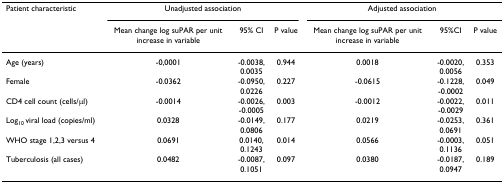
| Patient characteristic | <COLSPAN=3> Unadjusted association | <COLSPAN=3> Adjusted association |
 |  | Mean change log suPAR per unit increase in variable | 95% CI | P value | Mean change log suPAR per unit increase in variable | 95%CI | P value |
 | --- | --- | --- | --- | --- | --- | --- |
 | Age (years) | -0,0001 | -0.0038,0.0035 | 0.944 | 0.0018 | -0.0020,0.0056 | 0.353 |
 | Female | -0.0362 | -0.0950,0.0226 | 0.227 | -0.0615 | -0.1228,-0.0002 | 0.049 |
 | CD4 cell count (cells/μl) | -0.0014 | -0.0026,-0.0005 | 0.003 | -0.0012 | -0.0022,-0.0029 | 0.011 |
 | Log10 viral load (copies/ml) | 0.0328 | -0.0149,0.0806 | 0.177 | 0.0219 | -0.0253,0.0691 | 0.361 |
 | WHO stage 1,2,3 versus 4 | 0.0691 | 0.0140,0.1243 | 0.014 | 0.0566 | -0.0003,0.1136 | 0.051 |
 | Tuberculosis (all cases) | 0.0482 | -0.0087,0.1051 | 0.097 | 0.0380 | -0.0187,0.0947 | 0.189 |